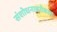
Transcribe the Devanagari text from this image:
संशोधनाबरोबरच